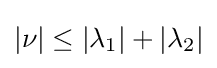
|\nu |\leq |\lambda _{1}|+|\lambda _{2}|